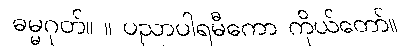
ဓမ္မဂုတ်။ ။ ပညာပါရမီကော ကိုယ်တော်။